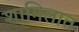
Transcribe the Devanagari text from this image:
शामिलात